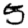
Digit: 5